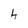
Character: h